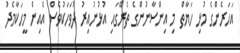
އަހަރެންގެ މުޅި ހަޔާތް މި އިންސާނުންގެ ތެރޭގައި އުޅުނުއިރު ދުވަހަކުވެސް އެއިން މީހަކާމެދު